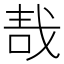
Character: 𠳆